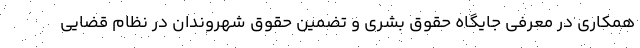
همکاری در معرفی جایگاه حقوق بشری و تضمین حقوق شهروندان در نظام قضایی